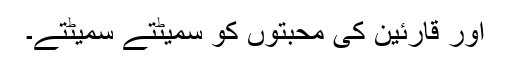
اور قارئین کی محبتوں کو سمیٹتے سمیٹتے۔